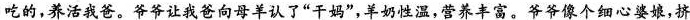
吃的，养活我爸。爷爷让我爸向母羊认了”干妈”，羊奶性温，营养丰富。爷爷像个细心婆娘，挤